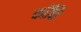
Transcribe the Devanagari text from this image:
कॉफि